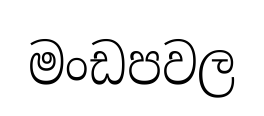
මංඩපවල